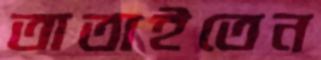
তাতাইতেন